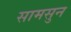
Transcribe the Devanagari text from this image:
सामसुन